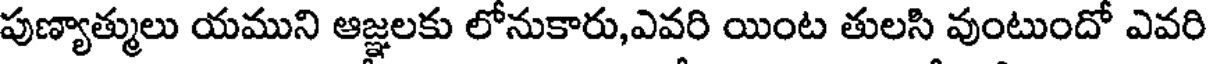
పుణ్యాత్ములు యముని ఆజ్ఞలకు లోనుకారు,ఎవరి యింట తులసి వుంటుందో ఎవరి